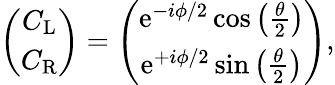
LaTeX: \begin{array}{r}{\left(\begin{array}{c}{C_{\mathrm{L}}}\\ {C_{\mathrm{R}}}\end{array}\right)=\left(\begin{array}{c}{\mathrm{e}^{-i\phi/2}\cos\left(\frac{\theta}{2}\right)}\\ {\mathrm{e}^{+i\phi/2}\sin\left(\frac{\theta}{2}\right)}\end{array}\right),}\end{array}